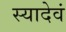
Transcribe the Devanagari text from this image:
स्यादेवं